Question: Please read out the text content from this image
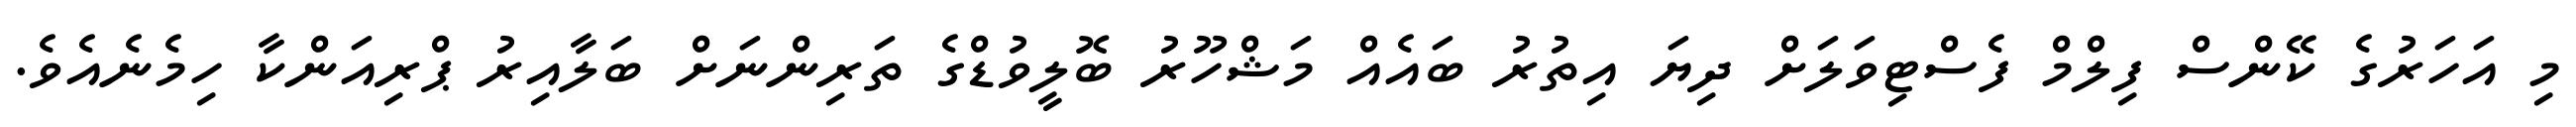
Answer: މި އަހަރުގެ ކޭންސް ފިލްމް ފެސްޓިވަލަށް ދިޔަ އިތުރު ބައެއް މަޝްހޫރު ބޮލީވުޑްގެ ތަރިންނަށް ބަލާއިރު ޕްރިއަންކާ ހިމެނެއެވެ.